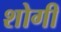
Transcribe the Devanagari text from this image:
शोगी